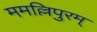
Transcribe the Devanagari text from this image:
ममल्लिपुरम्